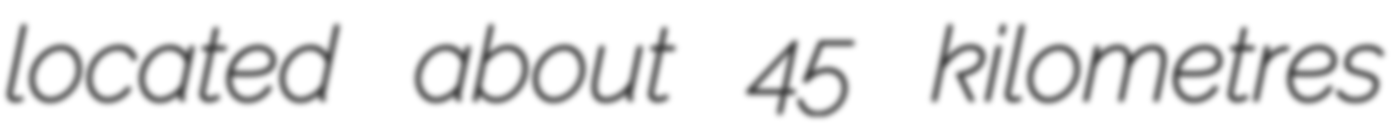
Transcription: located about 45 kilometres